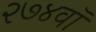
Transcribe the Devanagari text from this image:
२७४वॉ